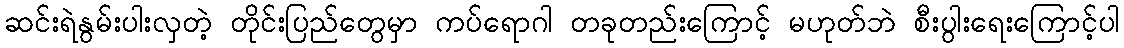
ဆင်းရဲနွမ်းပါးလှတဲ့ တိုင်းပြည်တွေမှာ ကပ်ရောဂါ တခုတည်းကြောင့် မဟုတ်ဘဲ စီးပွါးရေးကြောင့်ပါ